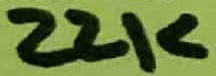
Text: 22K